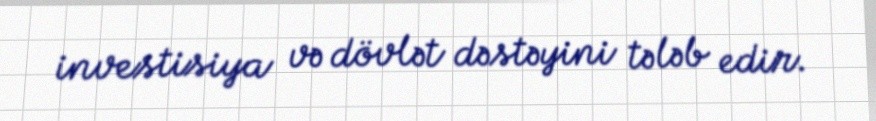
investisiya və dövlət dəstəyini tələb edir.